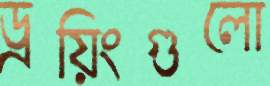
ড্রয়িংগুলো